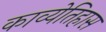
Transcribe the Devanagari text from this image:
काव्येतिहास